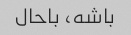
باشه، باحال